Annual report of the Imperial Bacteriologist
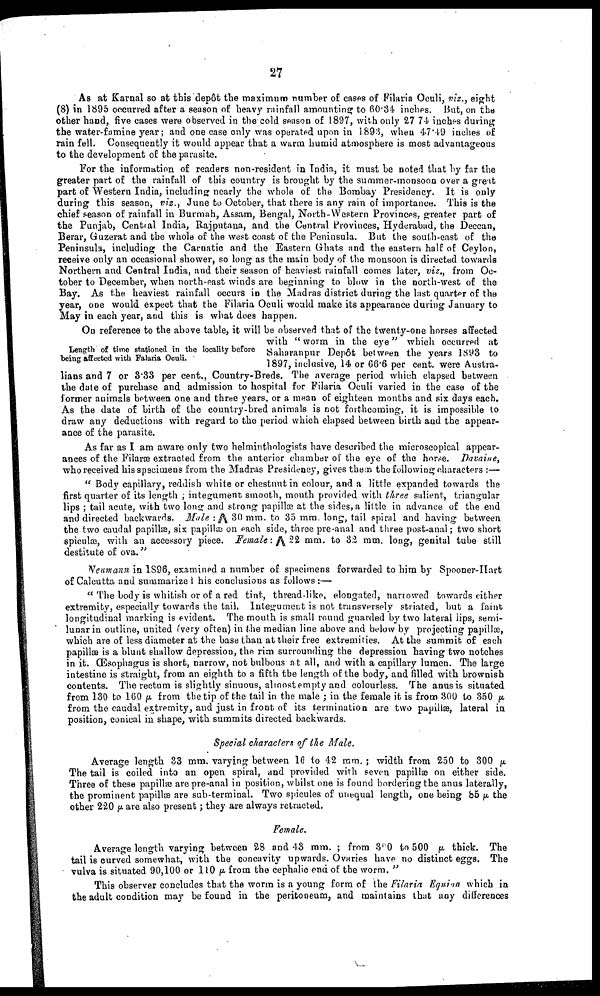
27
As at Karnal so at this depôt the maximum number of cases of Filaria Oculi, viz., eight
(8) in 1895 occurred after a season of heavy rainfall amounting to 60.34 inches. But, on the
other hand, five cases were observed in the cold season of 1897, with only 27.74 inches during
the water-famine year; and one case only was operated upon in 1893, when 47.49 inches of
rain fell. Consequently it would appear that a warm humid atmosphere is most advantageous
to the development of the parasite.
For the information of readers non-resident in India, it must be noted that by far the
greater part of the rainfall of this country is brought by the summer-monsoon over a great
part of Western India, including nearly the whole of the Bombay Presidency. It is only
during this season, viz., June to October, that there is any rain of importance. This is the
chief season of rainfall in Burmah, Assam, Bengal, North-Western Provinces, greater part of
the Punjab, Central India, Rajputana, and the Central Provinces, Hyderabad, the Deccan,
Berar, Guzerat and the whole of the west coast of the Peninsula. But the south-east of the
Peninsula, including the Carnatic and the Eastern Ghats and the eastern half of Ceylon,
receive only an occasional shower, so long as the main body of the monsoon is directed towards
Northern and Central India, and their season of heaviest rainfall comes later, viz., from Oc-
tober to December, when north-east winds are beginning to blow in the north-west of the
Bay. As the heaviest rainfall occurs in the Madras district during the last quarter of the
year, one would expect that the Filaria Oculi would make its appearance during January to
May in each year, and this is what does happen.
Length of time stationed in the locality before
being affected with Falaria Oculi.
On reference to the above table, it will be observed that of the twenty-one horses affected
with " worm in the eye" which occurred at
Saharanpur Depôt between the years 1893 to
1897, inclusive, 14 or 66.6 per cent. were Austra-
lians and 7 or 3.33 per cent., Country-Breds. The average period which elapsed between
the date of purchase and admission to hospital for Filaria Oculi varied in the case of the
former animals between one and three years, or a mean of eighteen months and six days each.
As the date of birth of the country-bred animals is not forthcoming, it is impossible to
draw any deductions with regard to the period which elapsed between birth and the appear-
ance of the parasite.
As far as I am aware only two helminthologists have described the microscopical appear-
ances of the Filaræ extracted from the anterior chamber of the eye of the horse. Davaine,
who received his specimens from the Madras Presidency, gives them the following characters :—
" Body capillary, reddish white or chestnut in colour, and a little expanded towards the
first quarter of its length ; integument smooth, mouth provided with three salient, triangular
lips ; tail acute, with two long and strong papillæ at the sides, a little in advance of the end
and directed backwards. Male : Λ 30 mm. to 35 mm. long, tail spiral and having between
the two caudal papillæ, six papillæ on each side, three pre-anal and three post-anal; two short
spiculæ, with an accessory piece. Female: Λ 22 mm. to 32 mm. long, genital tube still
destitute of ova."
Neumann in 1896, examined a number of specimens forwarded to him by Spooner-Hart
of Calcutta and summarized his conclusions as follows :—
" The body is whitish or of a red tint, thread-like, elongated, narrowed towards either
extremity, especially towards the tail. Integument is not transversely striated, but a faint
longitudinal marking is evident. The mouth is small round guarded by two lateral lips, semi
lunar in outline, united (very often) in the median line above and below by projecting papillæ,
which are of less diameter at the base than at their free extremities. At the summit of each
papillæ is a blunt shallow depression, the rim surrounding the depression having two notches
in it. (Esophagus is short, narrow, not bulbous at all, and with a capillary lumen. The large
intestine is straight, from an eighth to a fifth the length of the body, and filled with brownish
contents. The rectum is slightly sinuous, almost empty and colourless. The anus is situated
from 130 to 160 μ from the tip of the tail in the male ; in the female it is from 300 to 350 Μ
from the caudal extremity, and just in front of its termination are two papillæ, lateral in
position, conical in shape, with summits directed backwards.
Special characters of the Male.
Average length 33 mm. varying between 16 to 42 mm. ; width from 250 to 300 μ
The tail is coiled into an open spiral, and provided with seven papillæ on either side.
Three of these papillæ are pre-anal in position, whilst one is found bordering the anus laterally,
the prominent papillæ are sub-terminal. Two spicules of unequal length, one being 85 μ the
other 220 μ are also present; they are always retracted.
Female.
Average length varying between 28 and 43 mm. ; from 300 to 500 μ thick. The
tail is curved somewhat, with the concavity upwards. Ovaries have no distinct eggs. The
vulva is situated 90,100 or 110 μ from the cephalic end of the worm. "
This observer concludes that the worm is a young form of the Filaria Equina which in
the adult condition may be found in the peritoneum, and maintains that any differences